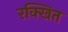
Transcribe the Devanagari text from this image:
रक्खित